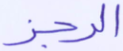
الرجز